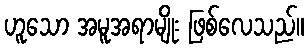
ဟူသော အမူအရာမျိုး ဖြစ်လေသည်။